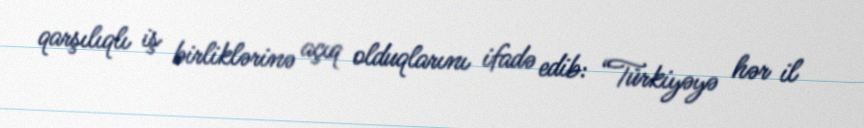
qarşılıqlı iş birliklərinə açıq olduqlarını ifadə edib: “Türkiyəyə hər il